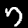
Label: 7